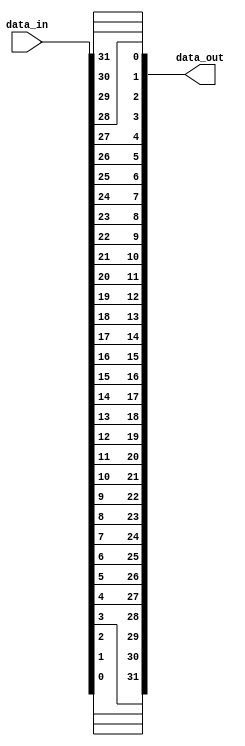
module c_reverse
  (data_in, data_out);
   parameter width = 32;
   input [0:width-1] data_in;
   output [0:width-1] data_out;
   wire [0:width-1] data_out;
   generate   
      genvar 	   i;
      for(i = 0; i < width; i = i + 1)
	begin:connect
	   assign data_out[i] = data_in[(width-1)-i];
	end
   endgenerate
endmodule